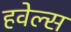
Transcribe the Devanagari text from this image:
हवेल्स